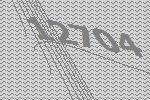
12704